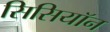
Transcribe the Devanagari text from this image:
सिसियॉन